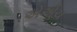
એએચ